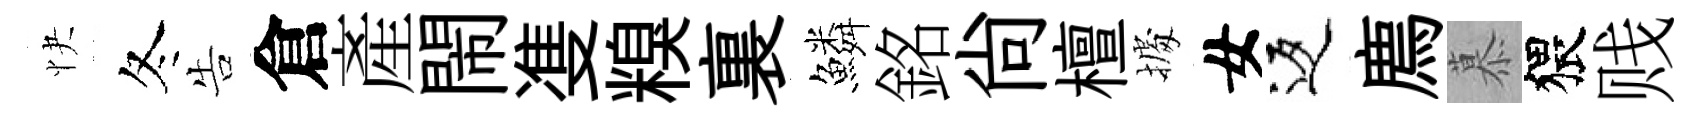
快冬告倉産閙㕠糗裏鱗銘尙檀𢴃女返廌慕猥贱